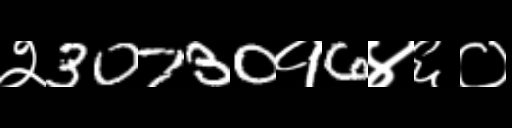
Text: २30730१6४६०